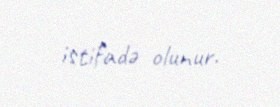
istifadə olunur.